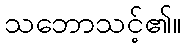
သဘောသင့်၏။